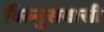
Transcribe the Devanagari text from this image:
विल्नुसवासी